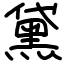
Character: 黛